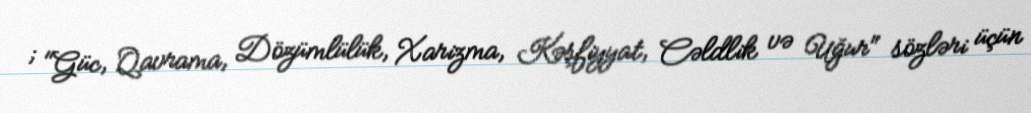
; "Güc, Qavrama, Dözümlülük, Xarizma, Kəşfiyyat, Cəldlik və Uğur" sözləri üçün